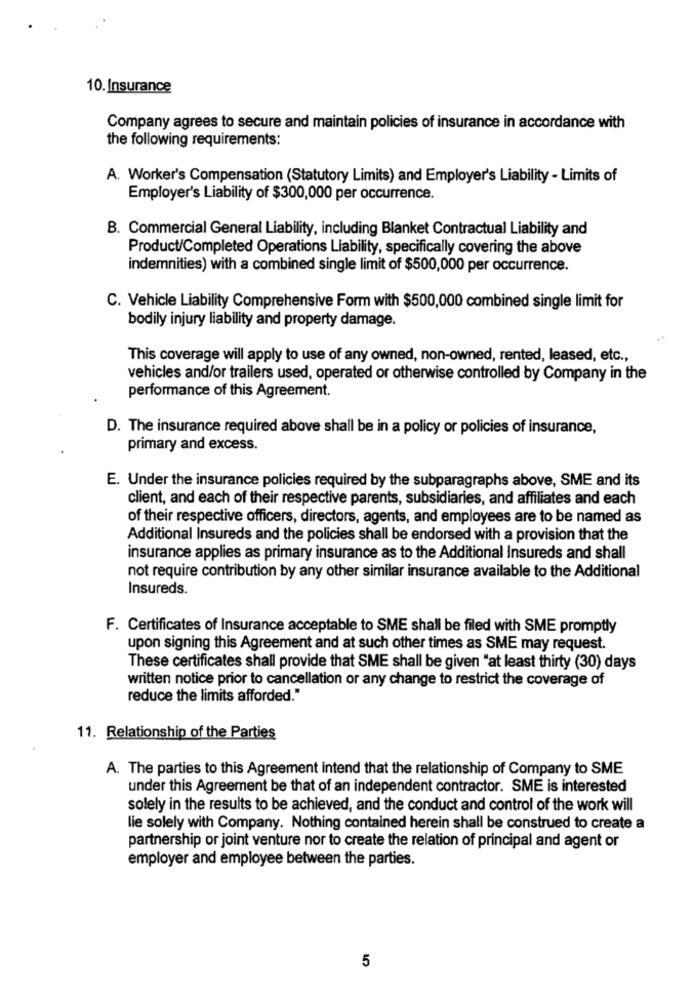
10. Insurance
Company agrees to secure and maintain policies of insurance in accordance with
the following requirements:
A. Worker's Compensation (Statutory Limits) and Employer's Liability - Limits of
Employer's Liability of $300,000 per occurrence.
B. Commercial General Liability, including Blanket Contractual Liability and
Product/Completed Operations Liability, specifically covering the above
indemnities) with a combined single limit of $500,000 per occurrence.
C. Vehicle Liability Comprehensive Form with $500,000 combined single limit for
bodily injury liability and property damage.
This coverage will apply to use of any owned, non-owned, rented, leased, etc .,
vehicles and/or trailers used, operated or otherwise controlled by Company in the
performance of this Agreement.
D. The insurance required above shall be in a policy or policies of insurance,
primary and excess.
E. Under the insurance policies required by the subparagraphs above, SME and its
client, and each of their respective parents, subsidiaries, and affiliates and each
of their respective officers, directors, agents, and employees are to be named as
Additional Insureds and the policies shall be endorsed with a provision that the
insurance applies as primary insurance as to the Additional Insureds and shall
not require contribution by any other similar insurance available to the Additional
Insureds.
F. Certificates of Insurance acceptable to SME shall be filed with SME promptly
upon signing this Agreement and at such other times as SME may request.
These certificates shall provide that SME shall be given "at least thirty (30) days
written notice prior to cancellation or any change to restrict the coverage of
reduce the limits afforded."
11. Relationship of the Parties
A. The parties to this Agreement intend that the relationship of Company to SME
under this Agreement be that of an independent contractor. SME is interested
solely in the results to be achieved, and the conduct and control of the work will
lie solely with Company. Nothing contained herein shall be construed to create a
partnership or joint venture nor to create the relation of principal and agent or
employer and employee between the parties.
5